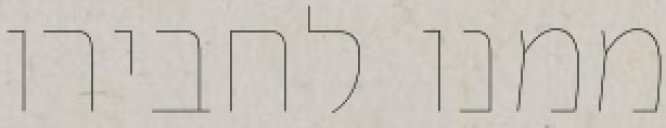
ממנו לחבירו